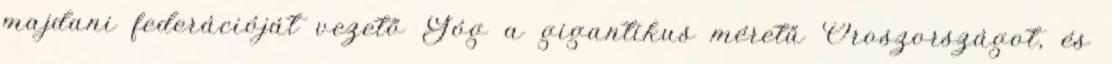
majdani federációját vezető Góg a gigantikus méretű Oroszországot, és